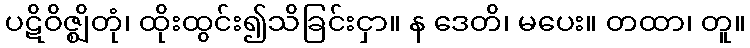
ပဋိဝိဇ္ဈိတုံ၊ ထိုးထွင်း၍သိခြင်းငှာ။ န ဒေတိ၊ မပေး။ တထာ၊ တူ။